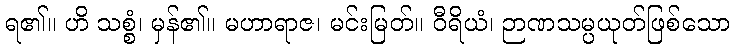
ရ၏။ ဟိ သစ္စံ၊ မှန်၏။ မဟာရာဇ၊ မင်းမြတ်။ ဝီရိယံ၊ ဉာဏသမ္ပယုတ်ဖြစ်သော